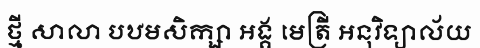
ថ្មី សាលា បឋមសិក្សា អង្គ មេត្រី អនុវិទ្យាល័យ